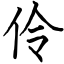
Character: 伶